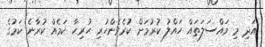
އަދި މި މައްސަލަތައް ހައްލު ކުރުމަށް ކުރެވެންހުރި ހުރިހާ ކަމެއް ކުރާނެ ކަމުގެ